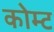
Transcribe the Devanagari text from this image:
कोम्ट